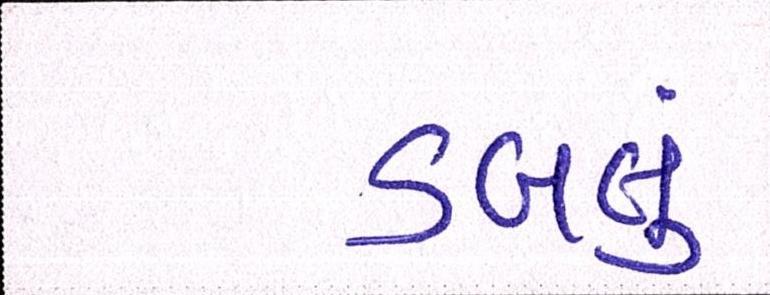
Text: ડબલું